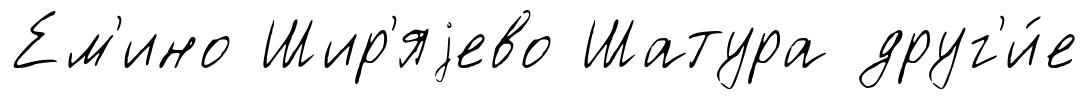
Ем'ино Шир'яjево Шатура друг'и́е